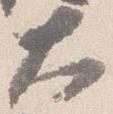
大